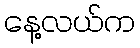
နေ့လယ်က